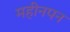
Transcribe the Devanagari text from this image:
महीनपन